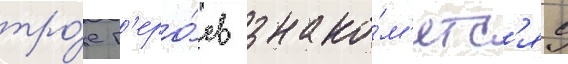
тро́е г'еро́ев знако́м'ятс'я с